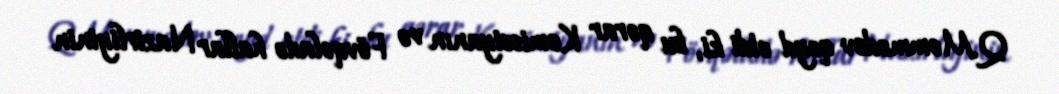
Q.Məmmədov qeyd etdi ki, bu qərar Komissiyanın və Fövqəladə hallar Nazirliyinin